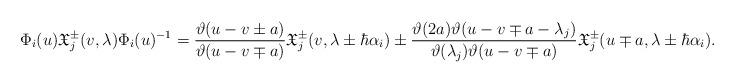
LaTeX: \begin{align*}\Phi_i(u)\mathfrak{X}_j^{\pm}(v, \lambda)\Phi_i(u)^{-1}=\frac{\vartheta(u-v\pm a)}{\vartheta(u-v\mp a)} \mathfrak{X}_j^{\pm}(v, \lambda\pm \hbar \alpha_i)\pm \frac{\vartheta(2a)\vartheta(u-v\mp a -\lambda_j)}{\vartheta(\lambda_j) \vartheta(u-v\mp a)} \mathfrak{X}_j^{\pm}(u\mp a, \lambda\pm \hbar \alpha_i).\end{align*}